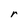
Character: r